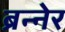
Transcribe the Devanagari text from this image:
ब्रन्नेर